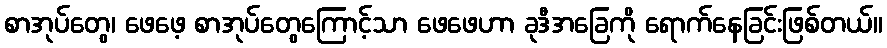
စာအုပ်တွေ၊ ဖေဖေ့ စာအုပ်တွေကြောင့်သာ ဖေဖေဟာ ခုဒီအခြေကို ရောက်နေခြင်းဖြစ်တယ်။